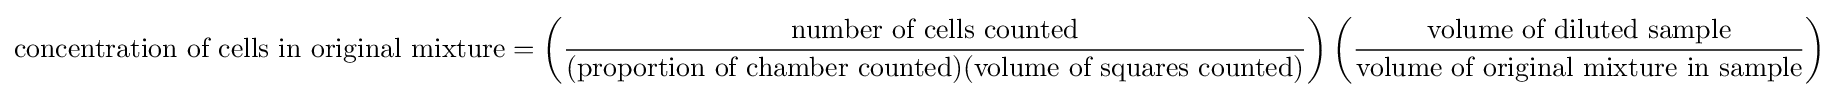
{\mbox{concentration of cells in original mixture}}=\left({\frac {\mbox{number of cells counted}}{({\mbox{proportion of chamber counted}})({\mbox{volume of squares counted}})}}\right)\left({\frac {\mbox{volume of diluted sample}}{\mbox{volume of original mixture in sample}}}\right)